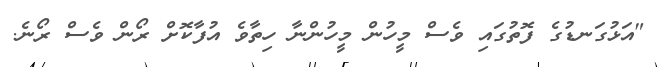
"އަޅުގަނޑުގެ ފޮތުގައި ވެސް މީހުން މީހުންނާ ހިތާވެ އުފާކޮށް ރޯން ވެސް ރޯނެ.